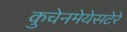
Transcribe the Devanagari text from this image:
कुचेनमेयेसटेरे